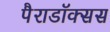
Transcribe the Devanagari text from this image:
पैराडॉक्सस